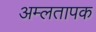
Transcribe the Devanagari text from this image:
अम्लतापक